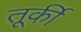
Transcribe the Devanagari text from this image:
तूर्की